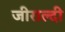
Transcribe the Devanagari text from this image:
जीराल्दी